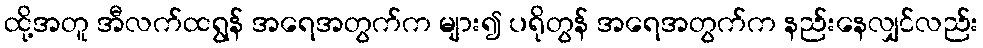
ထို့အတူ အီလက်ထရွန် အရေအတွက်က များ၍ ပရိုတွန် အရေအတွက်က နည်းနေလျှင်လည်း